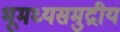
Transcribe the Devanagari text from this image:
भूमध्यसमुद्रीय